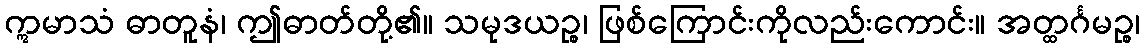
ဣမာသံ ဓာတူနံ၊ ဤဓာတ်တို့၏။ သမုဒယဉ္စ၊ ဖြစ်ကြောင်းကိုလည်းကောင်း။ အတ္ထင်္ဂမဉ္စ၊